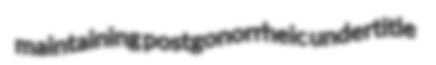
maintaining postgonorrheic undertitle